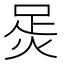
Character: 𧿮